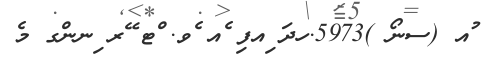
ުއ (ސނޯ )5973.ހދަ ިއފި ެއ ެވ. ްޓ ޭރ ިނންގ މެ